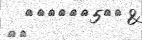
٢٢